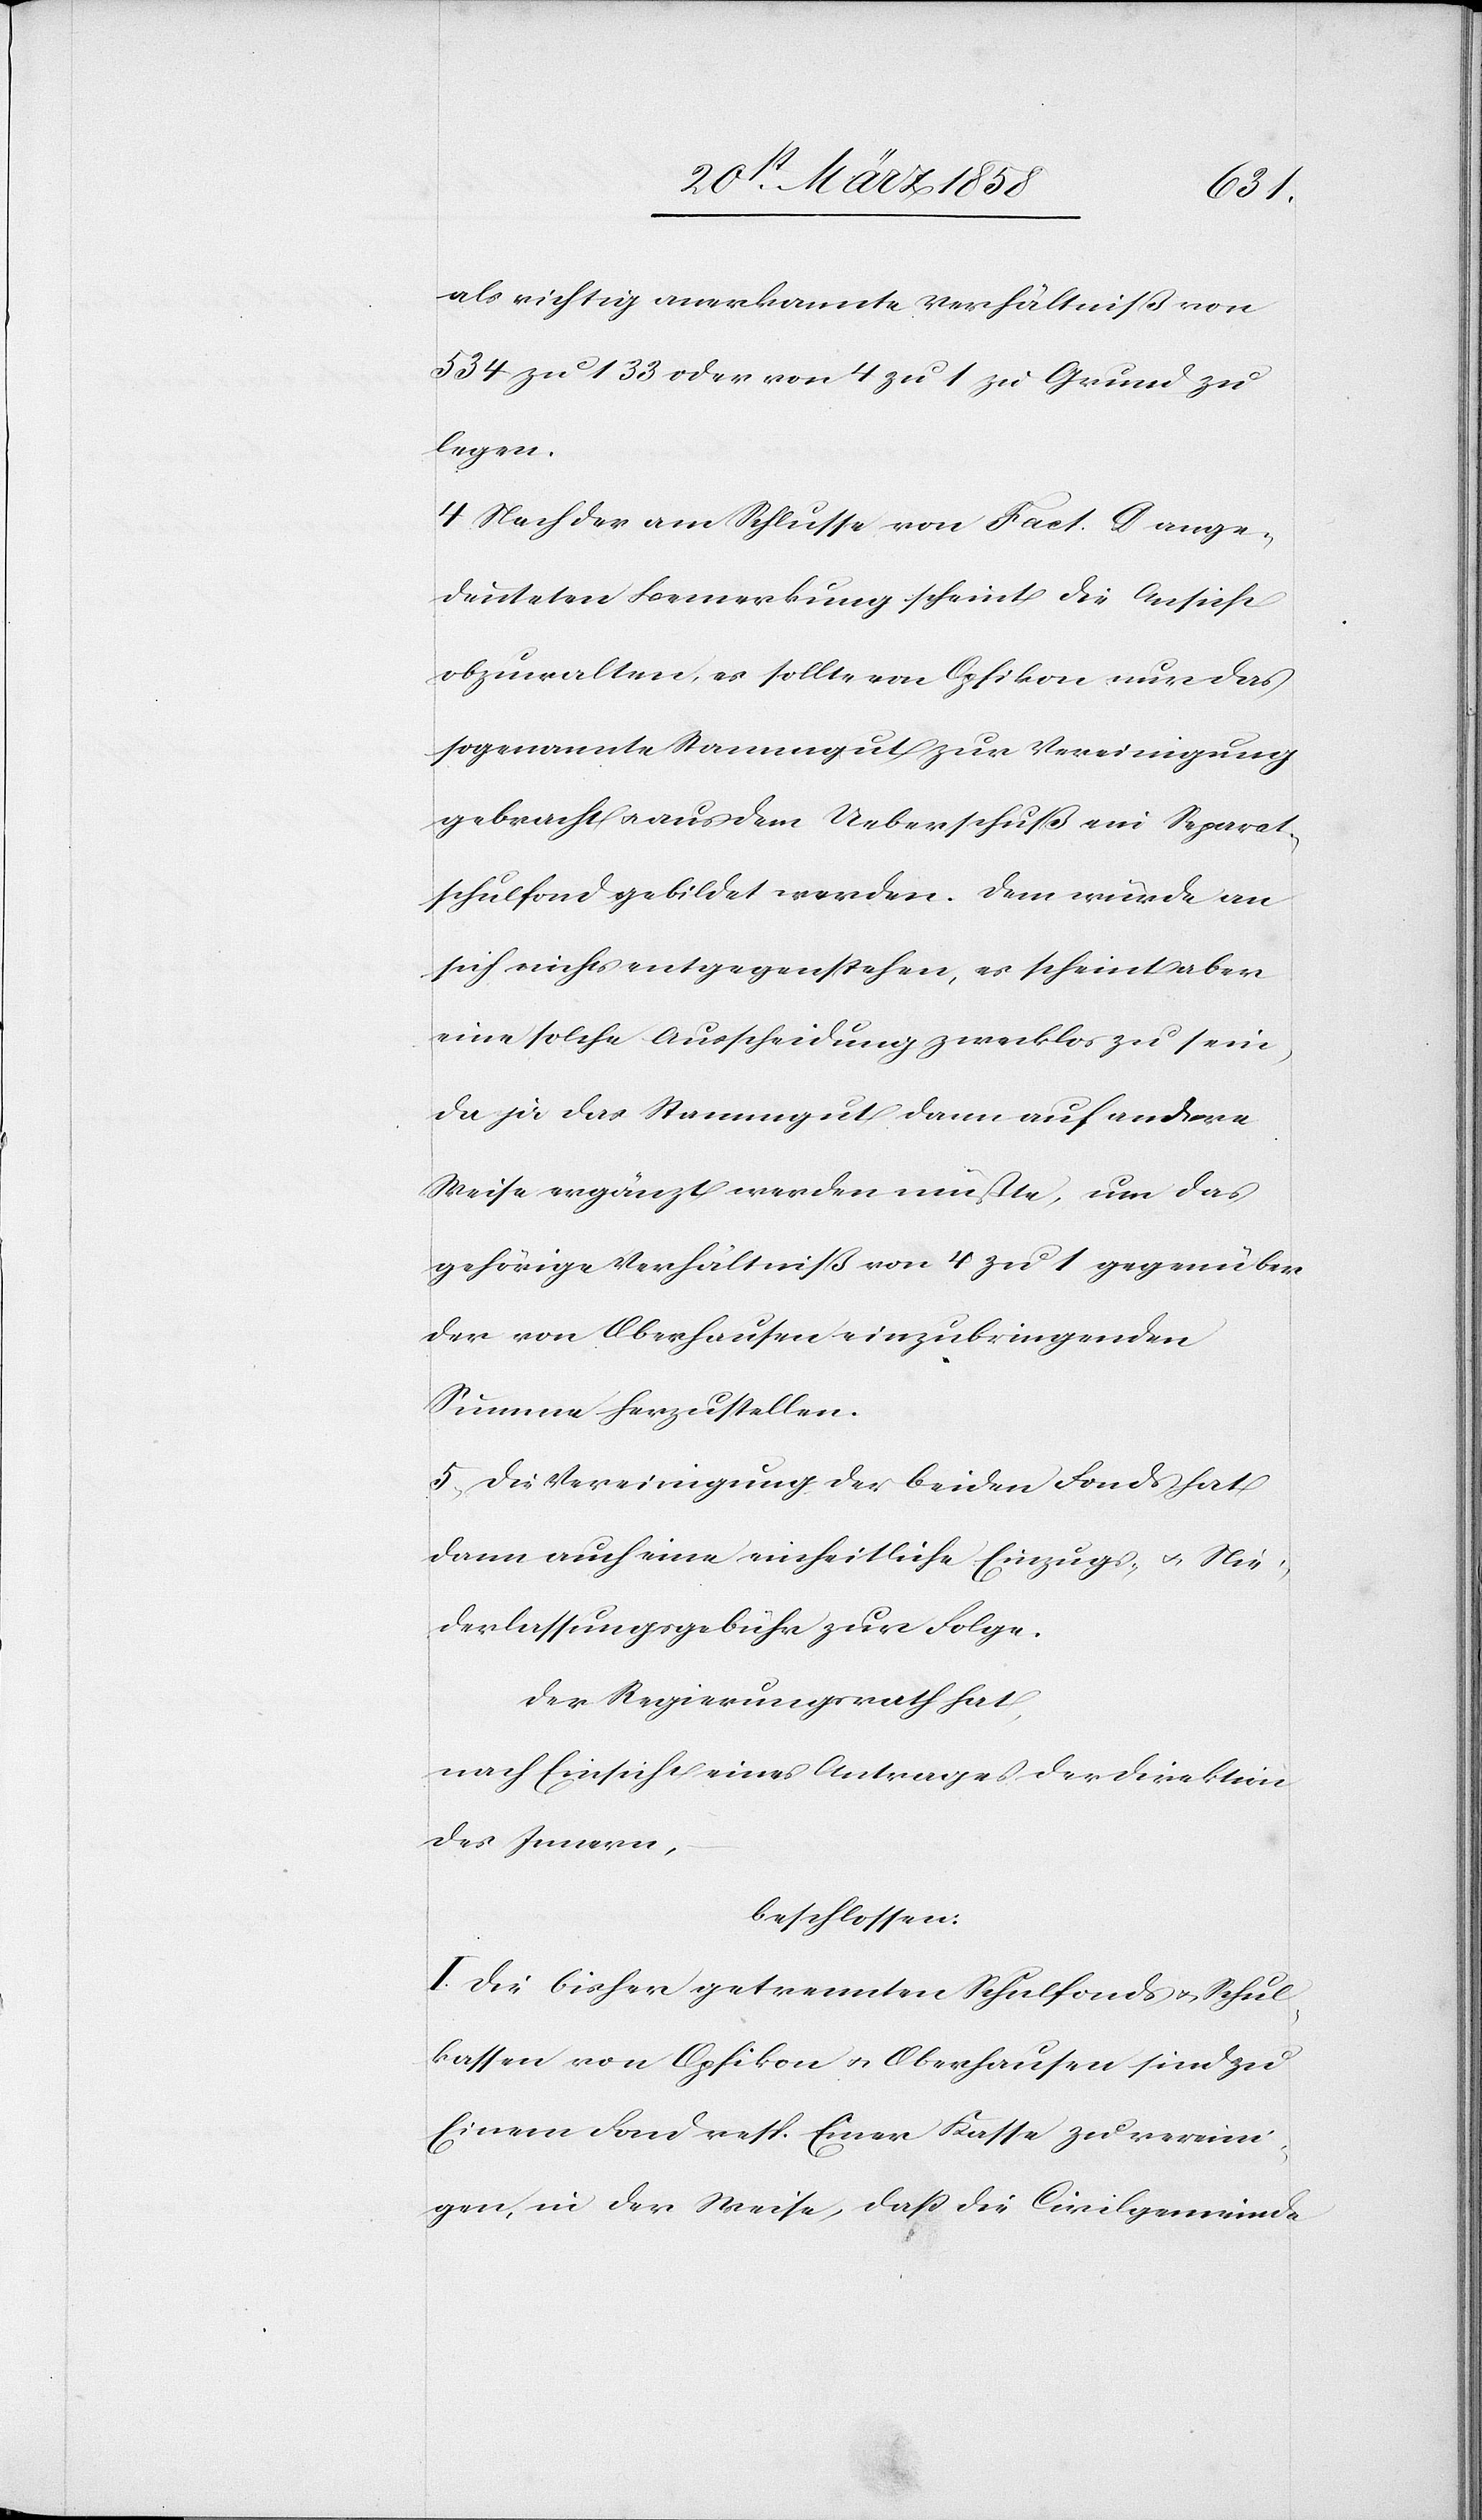
als richtig anerkannte Verhältniß von
534 zu 133 oder von 4 zu 1 zu Grund zu
legen.
4. Nach der am Schlusse von Fact. G ange¬
deuteten Bemerkung scheint die Ansicht
obzuwalten, es sollte von Opfikon nur das
sogenannte Samengut zur Vereinigung
gebracht u. aus dem Ueberschuß ein Separat¬
schulfond gebildet werden. Dem würde an
sich nichts entgegenstehen, es scheint aber
eine solche Ausscheidung zwecklos zu sein,
da ja das Samengut dann auf andere
Weise ergänzt werden müßte, um das
gehörige Verhältniß von 4 zu 1 gegenüber
der von Oberhausen einzubringenden
Summe herzustellen.
5. Die Vereinigung der beiden Fonds hat
dann auch eine einheitliche Einzugs- u, Nie¬
derlassungsgebühr zur Folge.
Der Regierungsrath hat,
nach Einsicht eines Antrages der Direktion
des Innern,
beschlossen:
I. Die bisher getrennten Schulfonds u. Schul¬
kassen von Opfikon u. Oberhausen sind zu
Einem Fond resp. Einer Kasse zu vereini¬
gen, in der Weise, daß die Civilgemeinde